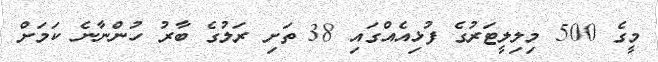
މީގެ 500 މިލިލީޓަރުގެ ފުޅިއެއްގައި 38 ތަށި ރަލުގެ ބާރު ހުންނާނެ ކަމަށް